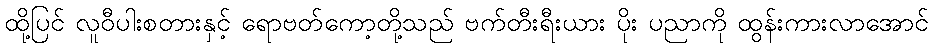
ထို့ပြင် လူဝီပါးစတားနှင့် ရောဗတ်ကော့တို့သည် ဗက်တီးရီးယား ပိုး ပညာကို ထွန်းကားလာအောင်